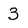
Character: 3